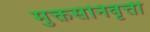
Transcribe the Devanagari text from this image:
मुक्तसंनिवृत्ती